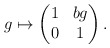
\begin{align*} g\mapsto \begin{pmatrix}1 & bg \\0 & 1\end{pmatrix}.\end{align*}